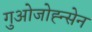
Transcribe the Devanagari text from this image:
गुओजोह्न्सेन